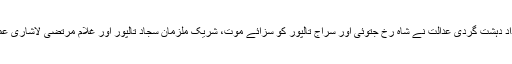
3 ماہ تک لگاتار سماعت کے بعد 7جون 2013 کو انسداد دہشت گردی عدالت نے شاہ رخ جتوئی اور سراج تالپور کو سزائے موت، شریک ملزمان سجاد تالپور اور غلام مرتضیٰ لاشاری عمرقید اور پانچ، پانچ لاکھ روپے جرمانے کی سزا سنائی۔